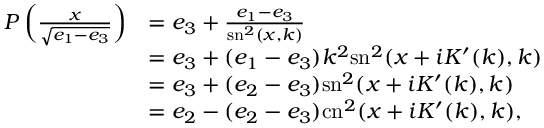
\begin{array} { r l } { P \left( \frac { x } { \sqrt { e _ { 1 } - e _ { 3 } } } \right) } & { = e _ { 3 } + \frac { e _ { 1 } - e _ { 3 } } { \mathrm { s n } ^ { 2 } ( x , k ) } } \\ & { = e _ { 3 } + ( e _ { 1 } - e _ { 3 } ) k ^ { 2 } \mathrm { s n } ^ { 2 } ( x + i K ^ { \prime } ( k ) , k ) } \\ & { = e _ { 3 } + ( e _ { 2 } - e _ { 3 } ) \mathrm { s n } ^ { 2 } ( x + i K ^ { \prime } ( k ) , k ) } \\ & { = e _ { 2 } - ( e _ { 2 } - e _ { 3 } ) \mathrm { c n } ^ { 2 } ( x + i K ^ { \prime } ( k ) , k ) , } \end{array}